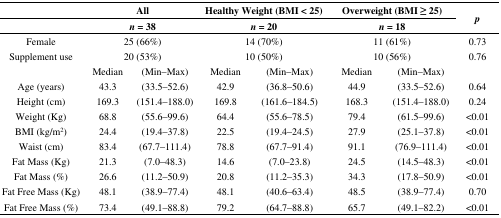
|  | <COLSPAN=2> All | <COLSPAN=2> Healthy Weight (BMI < 25) | <COLSPAN=2> Overweight (BMI ≥ 25) | <ROWSPAN=2> p |
 |  | <COLSPAN=2> n = 38 | <COLSPAN=2> n = 20 | <COLSPAN=2> n = 18 |
 | --- | --- | --- | --- | --- | --- | --- | --- |
 | Female | <COLSPAN=2> 25 (66%) | <COLSPAN=2> 14 (70%) | <COLSPAN=2> 11 (61%) | 0.73 |
 | Supplement use | <COLSPAN=2> 20 (53%) | <COLSPAN=2> 10 (50%) | <COLSPAN=2> 10 (56%) | 0.76 |
 |  | Median | (Min–Max) | Median | (Min–Max) | Median | (Min–Max) |  |
 | Age (years) | 43.3 | (33.5–52.6) | 42.9 | (36.8–50.6) | 44.9 | (33.5–52.6) | 0.64 |
 | Height (cm) | 169.3 | (151.4–188.0) | 169.8 | (161.6–184.5) | 168.3 | (151.4–188.0) | 0.24 |
 | Weight (Kg) | 68.8 | (55.6–99.6) | 64.4 | (55.6–78.5) | 79.4 | (61.5–99.6) | <0.01 |
 | BMI (kg/m2) | 24.4 | (19.4–37.8) | 22.5 | (19.4–24.5) | 27.9 | (25.1–37.8) | <0.01 |
 | Waist (cm) | 83.4 | (67.7–111.4) | 78.8 | (67.7–91.4) | 91.1 | (76.9–111.4) | <0.01 |
 | Fat Mass (Kg) | 21.3 | (7.0–48.3) | 14.6 | (7.0–23.8) | 24.5 | (14.5–48.3) | <0.01 |
 | Fat Mass (%) | 26.6 | (11.2–50.9) | 20.8 | (11.2–35.3) | 34.3 | (17.8–50.9) | <0.01 |
 | Fat Free Mass (Kg) | 48.1 | (38.9–77.4) | 48.1 | (40.6–63.4) | 48.5 | (38.9–77.4) | 0.70 |
 | Fat Free Mass (%) | 73.4 | (49.1–88.8) | 79.2 | (64.7–88.8) | 65.7 | (49.1–82.2) | <0.01 |